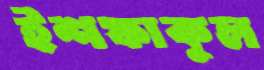
ইশফাকুল